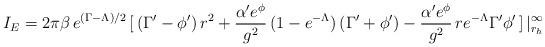
LaTeX: \begin{align*}I_E=2 \pi \beta \,e^{(\Gamma-\Lambda)/2}\,[\,(\Gamma'-\phi')\,r^2 +\frac{\alpha' e^\phi}{g^2}\,(1-e^{-\Lambda})\,(\Gamma'+\phi')-\frac{\alpha' e^\phi}{g^2}\, r e^{-\Lambda} \Gamma' \phi'\,]\,|^{\infty}_{r_h}\end{align*}